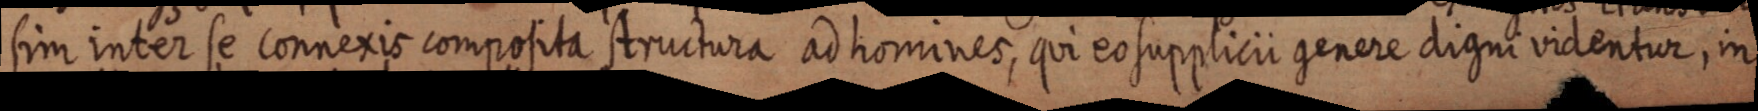
sim inter se connexis composita structura ad homines, qui eo supplicii genere digni videntur, in